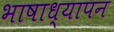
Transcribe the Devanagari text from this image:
भाषाध्यापन